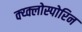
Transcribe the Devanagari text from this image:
क्य्क्लोस्पोरिन